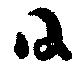
日